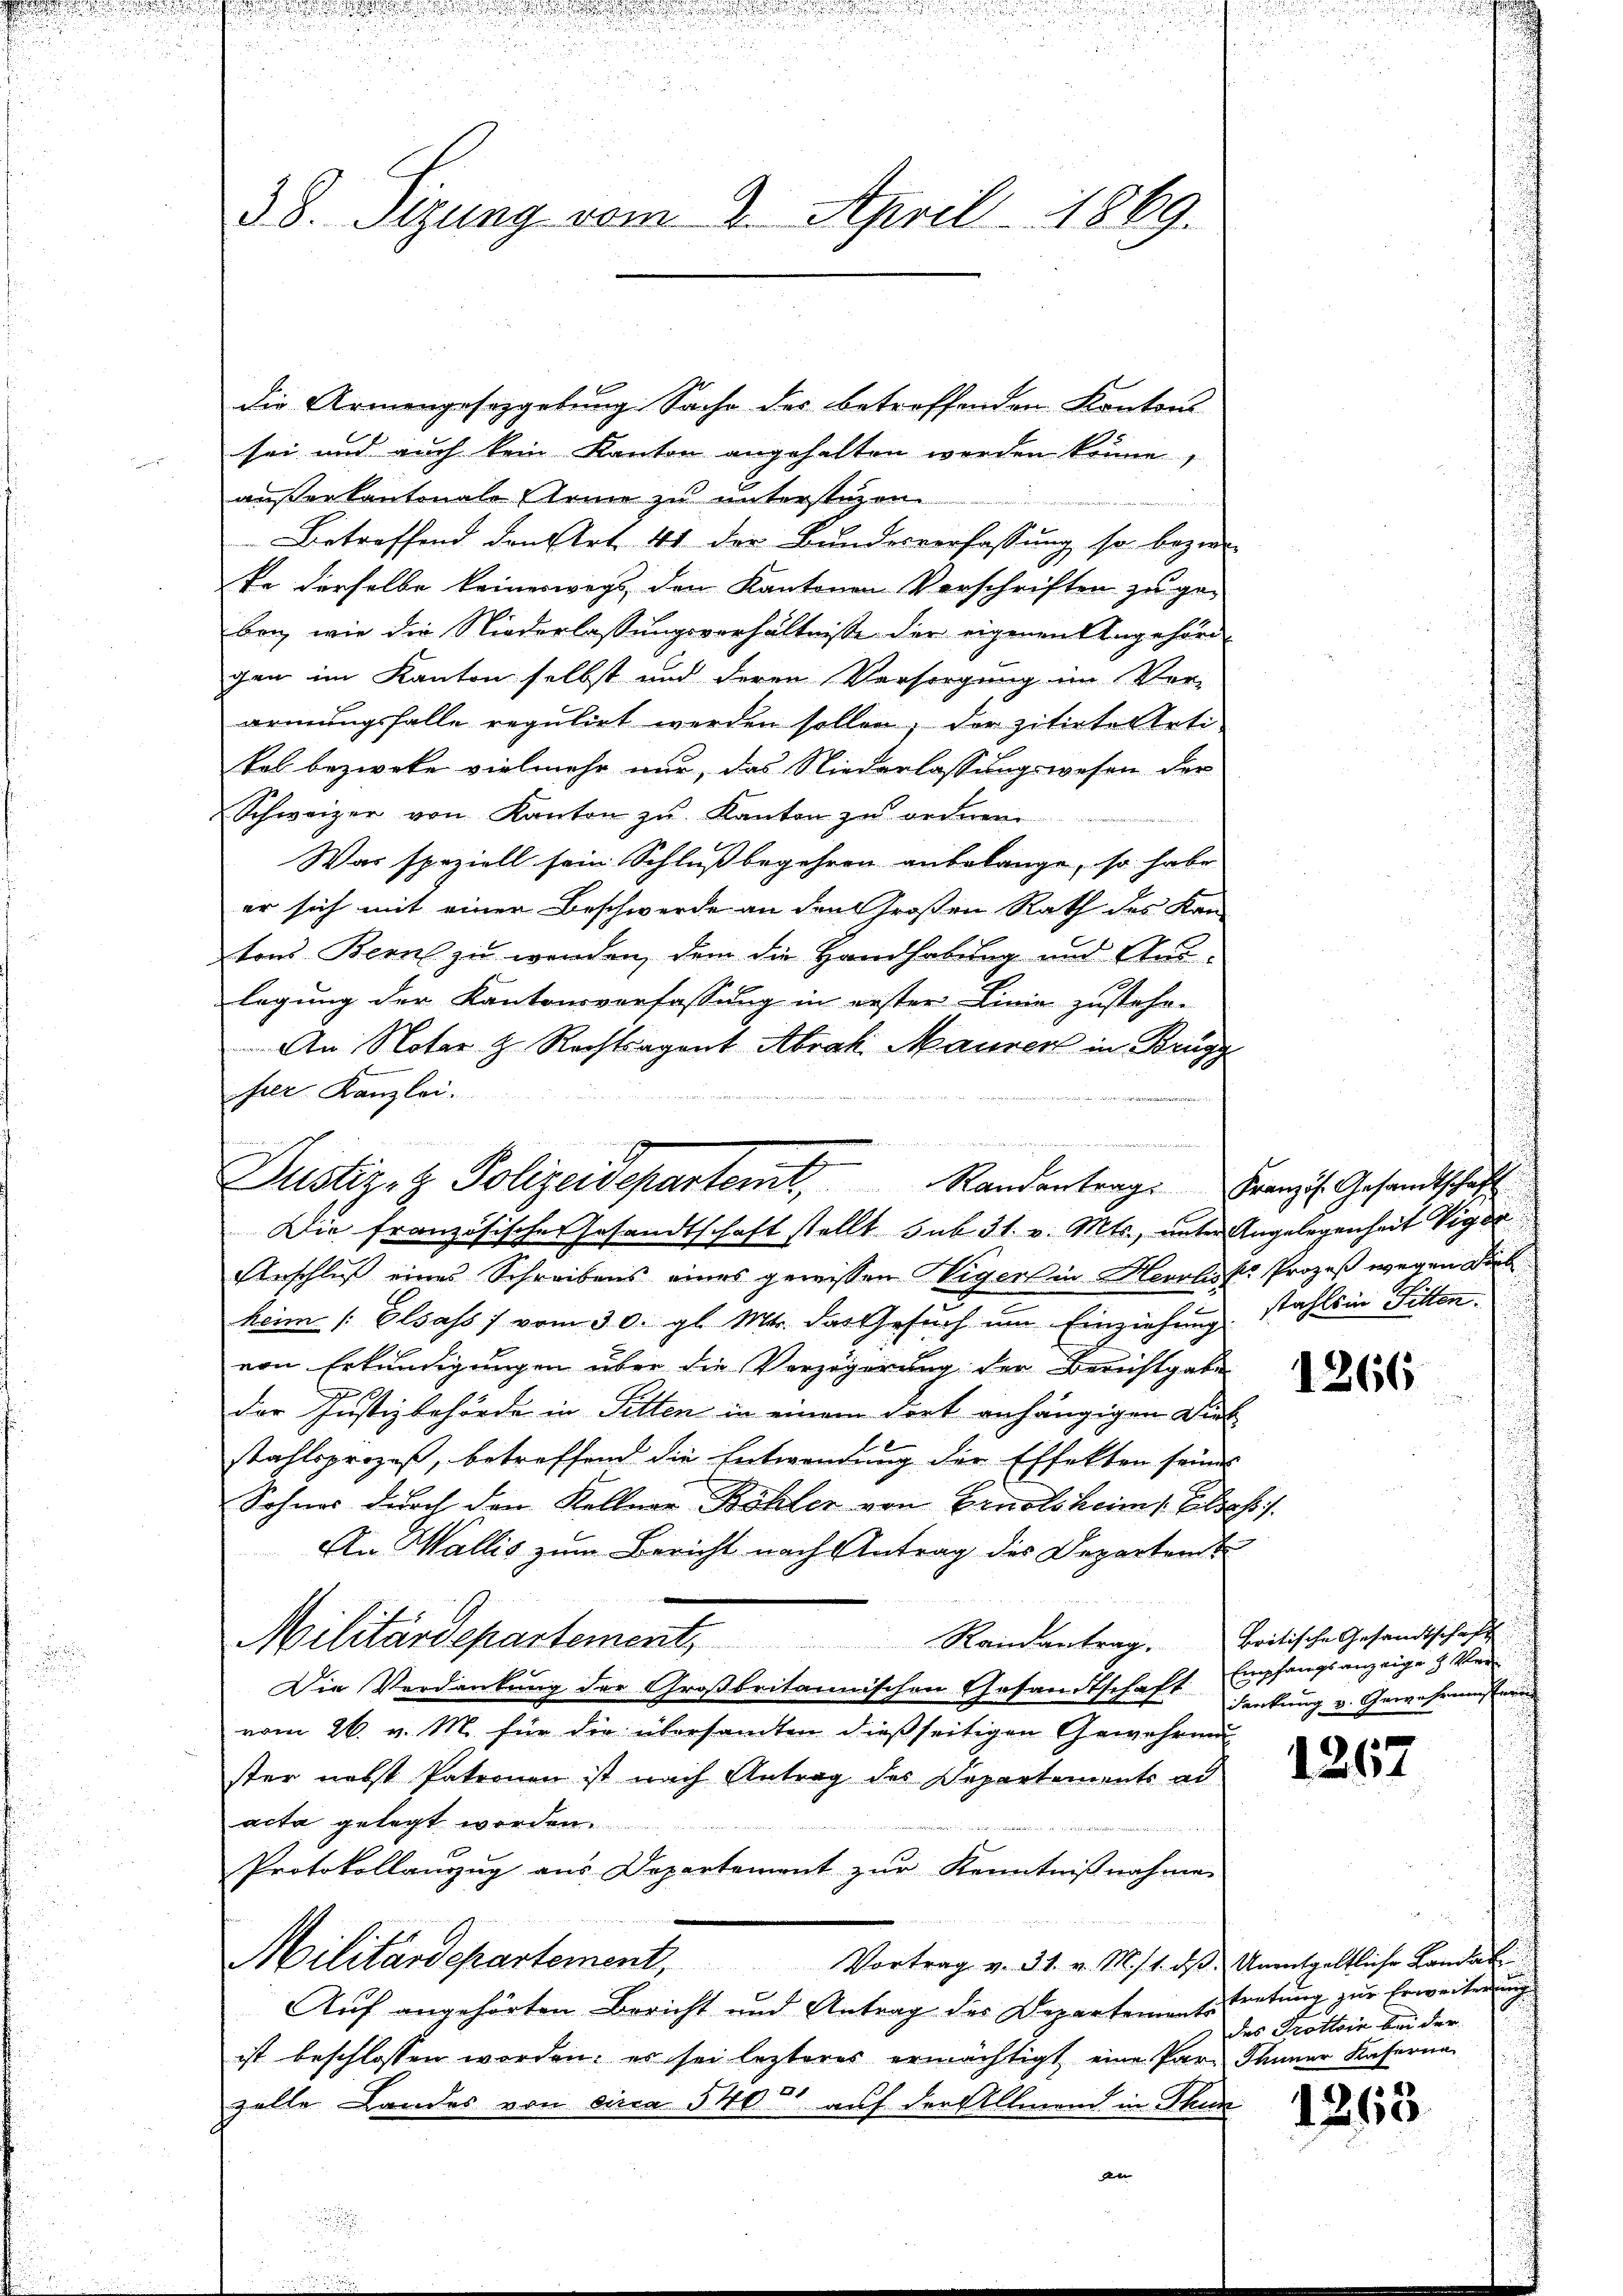
n

d

38. Sizung vom 2. April 1869.

sei und auch kein Kanton angehalten werden könne,
außer kantonale Arme zu unterstüzen.
Betreffend den Art. 41 der Bundesverfassung so bezi
ke derselbe keinerwegs, den Kantonen Vorschriften zu geben, wie die Niederlassungsverhältnisse der eigenen Angehörde
gen im Kanton selbst und deren Versorgung im Ver-
ormungsfalle regulirt werden sollen, der zitirter totikol bezweke vielmehr nur, das Niederlassungswesen der
Schweizer von Kanton zŭ Kanton zu ordnen
Was speziell sein Schluß begehren anbelange, so habe
er sich mit einer Beschwerde an den Großen Rath des Kan-
tons Berne zu werden, dem die Handhabung und Aus-
lagung der Kantonsverfassung in gester Linie zustehe-
An Notar z. Rechtsagent Abrak Maurer in Brügg
hrer Kanzlei.
x
Die französische Gesandtschaft stellt sub 31. v. Mts., unter Angelegenheit Viger
Anschluß eines Schreibens eines gewissen Viger in Herrlist. Prozeß wegen Dieb
heim Elsass vom 30. gl. Mts. das Gesŭch um Einziehung stahls in Fitten.
von Erkundigungen über die Verzögerung der Berichtgabe
der Justizbehörde in Sitten in einem dort anhängigen Dick
stahlsprozeß, betreffend die Entwendung der Effekten seines
Sohnes durch den Kellner Böhler von Ernsts heim s. Golsassis
An Wallis zum Bericht nach Antrag des Departen
Militärdepartement, Randantrag. Britische Gesandtschaft
Die Verdankung der Großbritannischen Gesandtschaft senkung v. Gewährung fern
vom 26. v. M. für die übersamten dießseitigen Gewehrung
ster nebst Patronen ist nach Antrag des Departements ad
acta gelegt worden.
Protokollanzŭg ans Departement zŭr Kenntniβnahmen
Militärdepartement, Vortrag v. 31. v. M. 11. dβ. Unentgeltliche Landat
t
Auf angehörten Bericht und Antrag des Departements
ist beschlossen worden; es sei lezteres ermächtigt eine Par Januar Kaserna
zelle Landes von circa 540 auf der Allmend in Thun
fele |

e

.
Justiz- & Polizeidepartemt, Randentrag: Franz. Gesandtschaft

die Armengesetzgebung Sache des betroffenden Kantons

1266

Empfangsanzeige H. Ver¬

1267

tretung zur Erweiterung
des Trottoir bei der

1263.